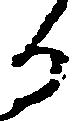
る